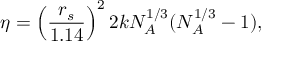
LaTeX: \eta = \left( \frac { r _ { s } } { 1 . 1 4 } \right) ^ { 2 } 2 k N _ { A } ^ { 1 / 3 } ( N _ { A } ^ { 1 / 3 } - 1 ) ,